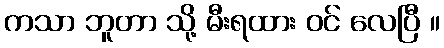
ကသာ ဘူတာ သို့ မီးရထား ဝင် လေပြီ ။